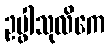
ဥပ္ဖါသုလိကေ